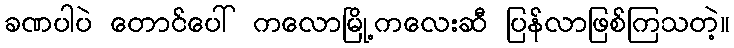
ခဏပါပဲ တောင်ပေါ် ကလောမြို့ကလေးဆီ ပြန်လာဖြစ်ကြသတဲ့။